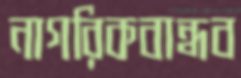
নাগরিকবান্ধব